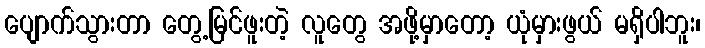
ပျောက်သွားတာ တွေ့မြင်ဖူးတဲ့ လူတွေ အဖို့မှာတော့ ယုံမှားဖွယ် မရှိပါဘူး၊